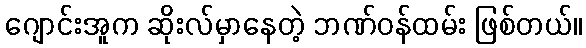
ဂျောင်းအူက ဆိုးလ်မှာနေတဲ့ ဘဏ်ဝန်ထမ်း ဖြစ်တယ်။